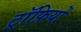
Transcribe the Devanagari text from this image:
ट्रॉफ़ियों